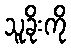
သူခိုးကို